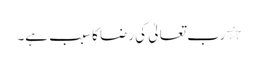
٭ رب تعالیٰ کی رضا کا سبب ہے۔